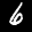
Label: 6